Vital statistics of India. Vol. IV, Annual returns from 1871 to 1876. British Army of India, Native Army and jails of Bengal
Year: 1871
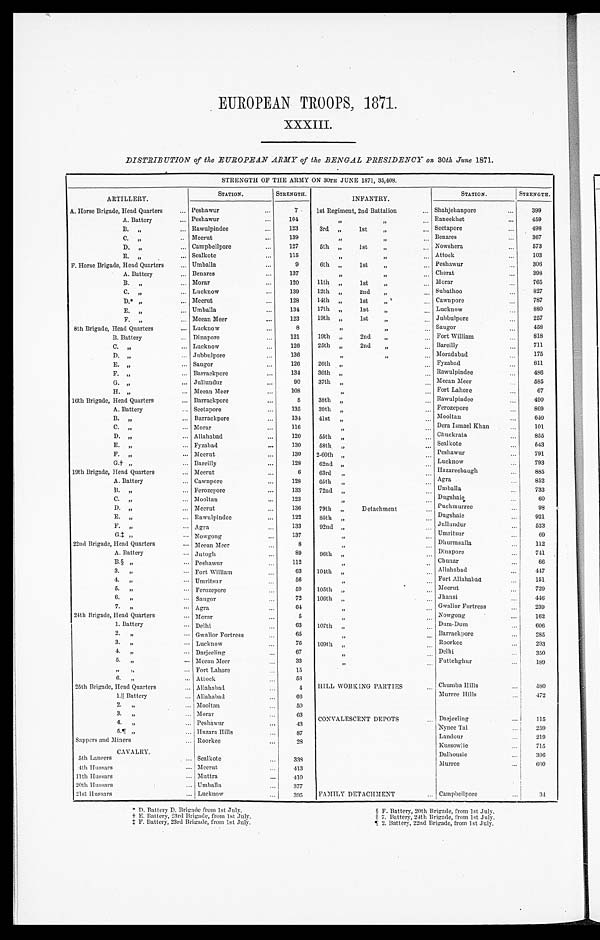
EUROPEAN TROOPS, 1871.
XXXIII.
DISTRIBUTION of the EUROPEAN ARMY of the BENGAL PRESIDENCY on 30th June 1871.
STRENGTH OF THE ARMY ON 30TH JUNE 1871, 35,408.
A R T I L L E R Y .
STATION.
STRENGTH.
INFANTRY.
STATION.
STRENGTH.
A. Horse Brigade, Head Quarters
P e s h a w u r
7 1st Regiment, 2nd Battalion
Shahjehanpore
399
A. Battery
P e s h a w u r
1 0 4
" "
Raneekhet
459
B. "
Rawulpindee
1 2 3
3rd " 1st "
Seetapore
498
C. "
Meerut
139
" "
Benares
367
D. "
C a m p b e l l p o r e
1 2 7
5th " 1st "
Nowshera
573
E. "
Sealkote
1 1 5
" "
Attock
103
F. Horse Brigade, Head Quarters
Umballa
9
6th " 1st "
Peshawur
306
A. Battery
Benares
137
" "
Cherat
3 9 8
B . "
Morar
120
11th " 1st "
Morar
765
C."
Lucknow
139
12th " 2nd "
Subathoo
827
D. "
Meerut
1 2 8 14th " 1st "
Cawnpore
7 8 7
E. "
Umballa
1 3 4 17th " 1st "
Lucknow
880
F. "
Meean Meer
123
19th " lst
Jubbulpore
2 5 7
8th Brigade, Head Quarters
Lucknow
8
" "
Saugor
458
B. Battery
Dinapore
1 2 1
19th " 2nd "
Fort William
818
C. "
Lucknow
126
25th " 2nd "
Bareilly
711
D. "
Jubbulpore
136
" "
Moradabad
175
E. "
Saugor
126
26th "
Fyzabad
811
F . "
Barrackpore
1 3 4
36th "
Rawulpindee
4 8 6
G . "
Jullundur
9 0
37th "
Meean Meer
585
H.
Meean Meer
108
"
Fort Lahore
67
16th Brigade, Head Quarters
Barrackpore
5
3 8 t h "
Rawulpindee
490
A. Battery
Seetapore
135
39th "
Ferozepore
869
B.
Barrackpore
1 3 4 41st "
Mooltan
6 4 0
C.
Morar
116
" Dera Ismael Khan
101
D.
Allahabad
120
55th "
Chuckrata
855
E.
Fyzabad
130
58th "
Sealkote
5 4 3
F. "
Meerut
130
2-60th "
Peshawur
791
G.† "
Bareilly
128
6 2 n d "
Lucknow
793
19th Brigade, Head Quarters
Meerut
6
63rd "
Hazareebaugh
885
A. Battery
Cawnpore
1 2 8 65th "
Agra
852
B. "
Ferozepore
133
7 2 n d "
Umballa
733
C. "
Mooltan
123
"
Dugshaie
60
D. "
Meerut
136
79th " Detachment
Puchmurree
98
E. "
Rawulpindee
122
85th "
Dugshaie
921
F.
Agra
133
9 2 n d "
Jullundur
523
G.‡
Nowgong
137
"
Umritsur
69
22nd Brigade, Head Quarters
Meean Meer
8
"
Dhurmsalla
112
A. Battery
Jutogh
89
9 6 t h "
Dinapore
7 4 1
B. §
Peshawur
112
"
Chunar
66
3. "
Fort William
63
104th "
Allahabad
447
4. " Umritsur
5 6
"
Fort Allahabad
151
5. "
Ferozepore
59
105th "
Meerut
729
6. "
Saugor
72
106th "
Jhansi
446
7. "
Agra
64
" Gwalior Fortress
239
24th Brigade, Head Quarters
Morar
5
" Nowgoug
162
1. Battery
Delhi
63
107th "
Dum-Dum
606
2."
Gwalior Fortress
65
"
Barrackpore
285
3. "
Lucknow
76
109th "
Roorkee
293
4. "
Darjeeling "
67
"
Delhi
3 5 0
5. "
Meean Meer
33
" Futtehghur
189
" " Fort Lahore
15 "
6. "
Attock
5 8
25th Brigade, Head Quarters
Allahabad
4 HILL WORKING PARTIES
Chumba Hills
580
1. ║Battery
Allahabad
6 6
Murree Hills
472
2. "
Mooltan
50
3. "
Morar
63
Darjeeling
1 1 5
4. "
Peshawur
43
CONVALESCENT DEPOTS
Nynee Tal
259
5. ¶ "
H u z a r a H i l l s
8 7
L a n d o u r
219
Sappers and Miners
Roorkee
28
K u s s o w l i e
715
CAVALRY.
Dalhousie
396
5th Lancers
Sealkote
338
Murree
600
4th Hussars
Meerut
413
11th Hussars
Muttra
410
20th Hussars
Umballa
377
21st Hussars
Lucknow
395
FAMILY DETACHMENT
Campbellpore
3 4
* D. Battery D. Brigade from 1st July.
§ F. Battery, 20th Brigade, from 1st July.
† E. Battery, 23rd Brigade, from 1st July.
║7. Battery, 24th Brigade, from 1st July.
‡ F. Battery, 23rd Brigade, from 1st July.
¶ 2. Battery, 22nd Brigade, from 1st July.